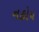
નહોય